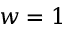
w = 1